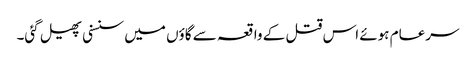
سرعام ہوئے اس قتل کے واقعہ سے گاؤں میں سنسنی پھیل گئی۔